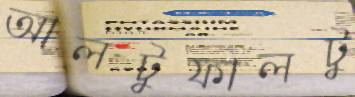
আলটুফালটু